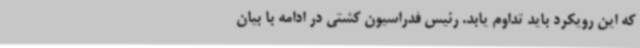
که این رویکرد باید تداوم یابد. رئیس فدراسیون کشتی در ادامه با بیان